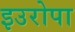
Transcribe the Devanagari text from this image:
इउरोपा